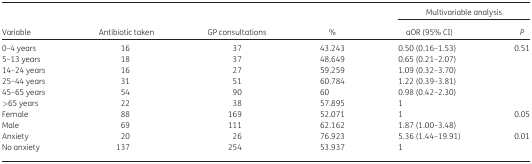
<table><thead><tr><td rowspan="2"><b>Variable</b></td><td rowspan="2"><b>Antibiotic taken</b></td><td rowspan="2"><b>GP consultations</b></td><td rowspan="2"><b>%</b></td><td colspan="2"><b>Multivariable analysis</b></td></tr><tr><td><b>aOR (95% CI)</b></td><td><b><i>P</i></b></td></tr></thead><tbody><tr><td>0–4 years</td><td>16</td><td>37</td><td>43.243</td><td>0.50 (0.16–1.53)</td><td rowspan="6">0.51</td></tr><tr><td>5–13 years</td><td>18</td><td>37</td><td>48.649</td><td>0.65 (0.21–2.07)</td></tr><tr><td>14–24 years</td><td>16</td><td>27</td><td>59.259</td><td>1.09 (0.32–3.70)</td></tr><tr><td>25–44 years</td><td>31</td><td>51</td><td>60.784</td><td>1.22 (0.39–3.81)</td></tr><tr><td>45–65 years</td><td>54</td><td>90</td><td>60</td><td>0.98 (0.42–2.30)</td></tr><tr><td>&gt;65 years</td><td>22</td><td>38</td><td>57.895</td><td>1</td></tr><tr><td>Female</td><td>88</td><td>169</td><td>52.071</td><td>1</td><td rowspan="2">0.05</td></tr><tr><td>Male</td><td>69</td><td>111</td><td>62.162</td><td>1.87 (1.00–3.48)</td></tr><tr><td>Anxiety</td><td>20</td><td>26</td><td>76.923</td><td>5.36 (1.44–19.91)</td><td rowspan="2">0.01</td></tr><tr><td>No anxiety</td><td>137</td><td>254</td><td>53.937</td><td>1</td></tr></tbody></table>